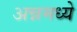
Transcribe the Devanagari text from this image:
अन्नमध्ये